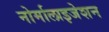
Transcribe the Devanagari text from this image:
नोर्मालाइजेशन